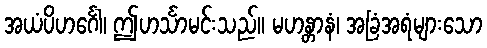
အယံပိဟင်္ဂေါ၊ ဤဟင်္သာမင်းသည်။ မဟန္တာနံ၊ အခြံအရံများသော